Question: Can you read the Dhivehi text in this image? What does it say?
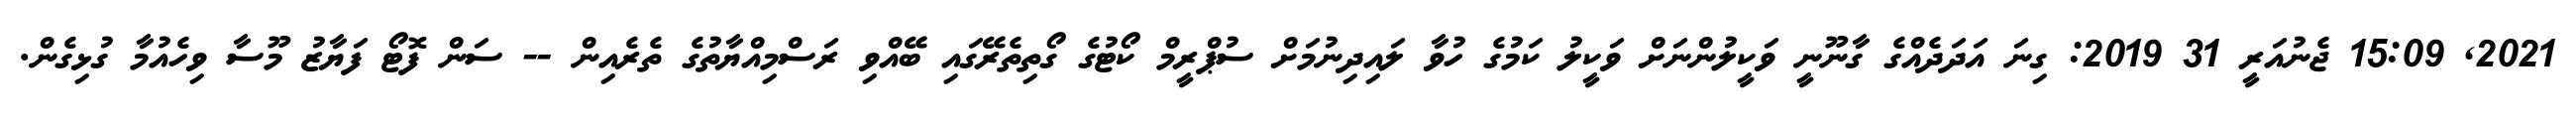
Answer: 2021, 15:09 ޖެނުއަރީ 31 2019: ގިނަ އަދަދެއްގެ ގާނޫނީ ވަކީލުންނަށް ވަކީލު ކަމުގެ ހުވާ ލައިދިނުމަށް ސުޕްރީމް ކޯޓުގެ ގޯތިތެރޭގައި ބޭއްވި ރަސްމިއްޔާތުގެ ތެރެއިން -- ސަން ފޮޓޯ ފަޔާޒު މޫސާ ވިހެއުމާ ގުޅިގެން.